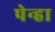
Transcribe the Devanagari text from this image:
पेन्हा